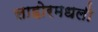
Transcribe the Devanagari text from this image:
लाहोरमधली